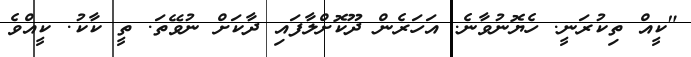
"ކީއް ތިކުރަނީ. ހެޔޮނުވާނެ. އަހަރެން ދޫކޮށްލާފައި ދާކަށް ނުވޭތަ. ތީ ކާކު. ކީއްވެ